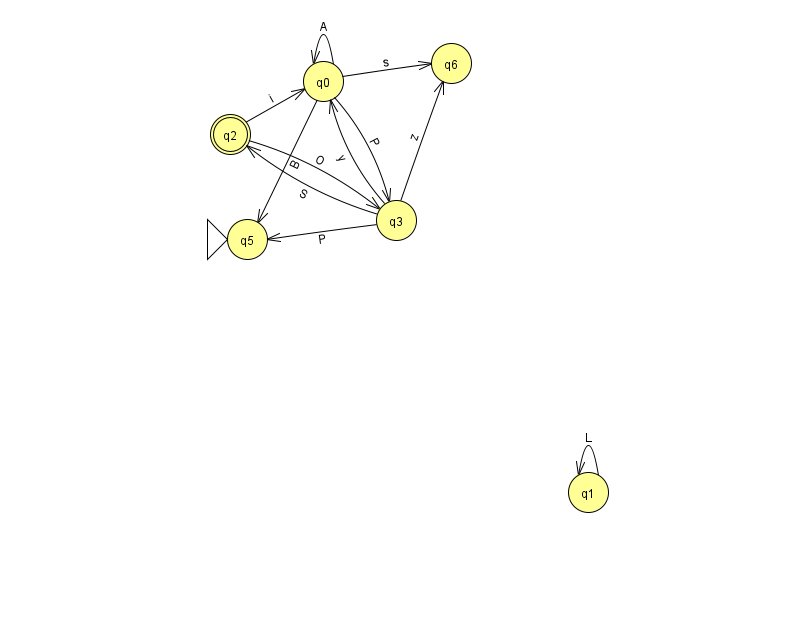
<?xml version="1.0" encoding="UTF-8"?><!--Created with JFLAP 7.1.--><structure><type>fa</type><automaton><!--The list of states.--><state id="0" name="q0"><x>323.0</x><y>68.0</y></state><state id="1" name="q1"><x>588.0</x><y>479.0</y></state><state id="2" name="q2"><x>230.0</x><y>121.0</y><final/></state><state id="3" name="q3"><x>396.0</x><y>207.0</y></state><state id="5" name="q5"><x>247.0</x><y>226.0</y><initial/></state><state id="6" name="q6"><x>451.0</x><y>50.0</y></state><!--The list of transitions.--><transition><from>0</from><to>0</to><read>A</read></transition><transition><from>0</from><to>3</to><read>P</read></transition><transition><from>2</from><to>0</to><read>i</read></transition><transition><from>3</from><to>6</to><read>z</read></transition><transition><from>2</from><to>3</to><read>O</read></transition><transition><from>3</from><to>0</to><read>y</read></transition><transition><from>3</from><to>5</to><read>P</read></transition><transition><from>3</from><to>2</to><read>S</read></transition><transition><from>0</from><to>5</to><read>B</read></transition><transition><from>0</from><to>6</to><read>s</read></transition><transition><from>1</from><to>1</to><read>L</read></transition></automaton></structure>